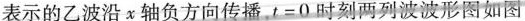
表示的乙波沿χ轴负方向传播，t=0时刻两列波波形图如图